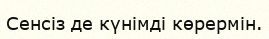
Сенсіз де күнімді көрермін.